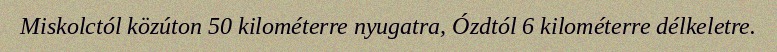
Miskolctól közúton 50 kilométerre nyugatra, Ózdtól 6 kilométerre délkeletre.